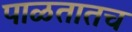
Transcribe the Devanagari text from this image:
पाळतातच